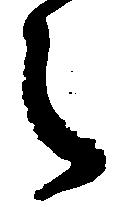
之